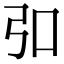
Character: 𪪺